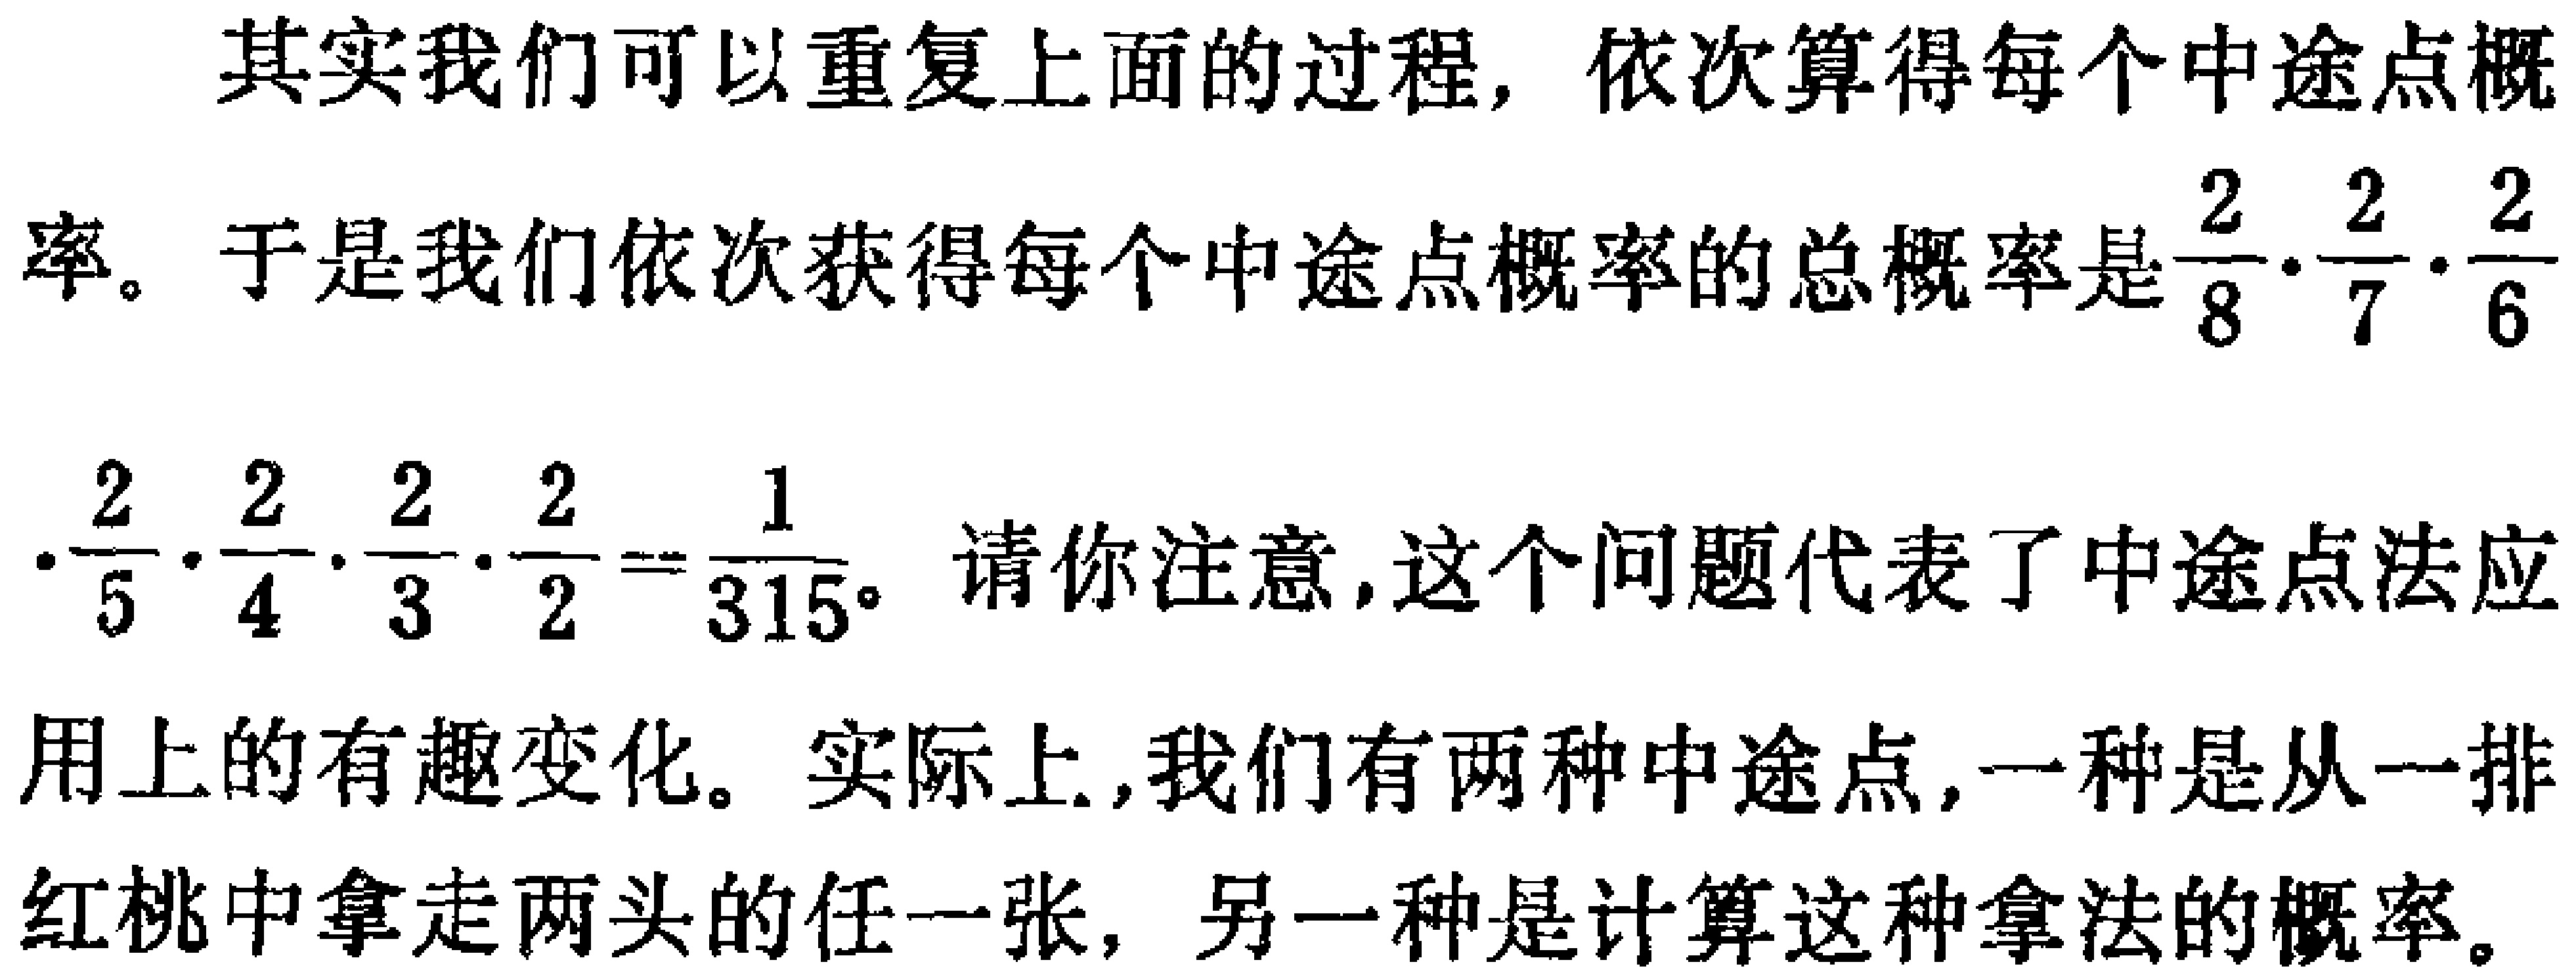
其实我们可以重复上面的过程，依次算得每个中途点概率。于是我们依次获得每个中途点概率的总概率是$\frac{2}{8} \cdot \frac{2}{7} \cdot \frac{2}{6} \cdot \frac{2}{5} \cdot \frac{2}{4} \cdot \frac{2}{3} \cdot \frac{2}{2}=\frac{1}{315}$。请注意，这个问题代表了中途点法应用上的有趣变化。实际上，我们有两种中途点，一种是从一排红桃中拿走两头的任一张，另一种是计算这种拿法的概率。